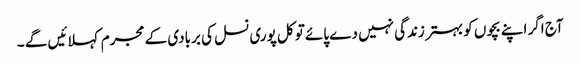
آج اگر اپنے بچوں کو بہتر زندگی نہیں دے پائے تو کل پوری نسل کی بربادی کے مجرم کہلائیں گے ۔